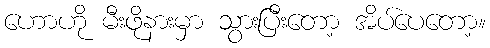
ဟောဟို မီးဖိုနားမှာ သွားပြီးတော့ အိပ်ပေတော့။